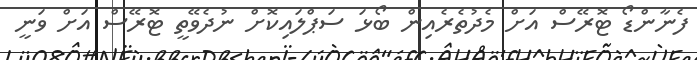
ފެނާންޑޯ ޓޮރޭސް އަށް މެދުތެރެއިން ބޯޅަ ސަޕްލައިކޮށް ނުދެވޭތީ ޓޮރޭސް އަށް ވަނީ